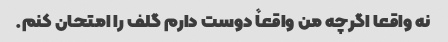
نه واقعا اگرچه من واقعاً دوست دارم گلف را امتحان کنم.